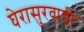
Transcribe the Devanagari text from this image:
घेरासुरवाडी